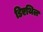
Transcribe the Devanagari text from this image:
डिएथिल